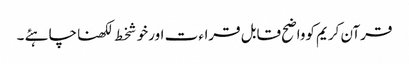
قرآن کریم کوواضح قابل قراء ت اورخوشخط لکھناچاہئے ۔